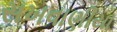
સખવાણીયા